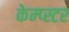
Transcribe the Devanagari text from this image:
केम्प्स्टर